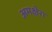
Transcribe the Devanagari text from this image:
अमक्षेरा